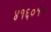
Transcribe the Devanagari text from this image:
४१६०१०